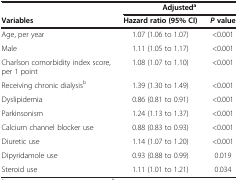
<table><thead><tr><td>[EMPTY_CELL]</td><td colspan="2"><b>Adjusted<sup>a</sup></b></td></tr><tr><td><b>Variables</b></td><td><b>Hazard ratio (95%CI)</b></td><td><b><i>P</i>value</b></td></tr></thead><tbody><tr><td>Age, per year</td><td>1.07 (1.06 to 1.07)</td><td>&lt;0.001</td></tr><tr><td>Male</td><td>1.11 (1.05 to 1.17)</td><td>&lt;0.001</td></tr><tr><td>Charlson comorbidity index score, per 1 point</td><td>1.08 (1.07 to 1.10)</td><td>&lt;0.001</td></tr><tr><td>Receiving chronic dialysis<sup>b</sup></td><td>1.39 (1.30 to 1.49)</td><td>&lt;0.001</td></tr><tr><td>Dyslipidemia</td><td>0.86 (0.81 to 0.91)</td><td>&lt;0.001</td></tr><tr><td>Parkinsonism</td><td>1.24 (1.13 to 1.37)</td><td>&lt;0.001</td></tr><tr><td>Calcium channel blocker use</td><td>0.88 (0.83 to 0.93)</td><td>&lt;0.001</td></tr><tr><td>Diuretic use</td><td>1.14 (1.07 to 1.20)</td><td>&lt;0.001</td></tr><tr><td>Dipyridamole use</td><td>0.93 (0.88 to 0.99)</td><td>0.019</td></tr><tr><td>Steroid use</td><td>1.11 (1.01 to 1.21)</td><td>0.034</td></tr></tbody></table>